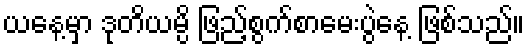
ယနေ့မှာ ဒုတိယမ္ပိ ဖြည့်စွက်စာမေးပွဲနေ့ ဖြစ်သည်။